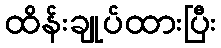
ထိန်းချုပ်ထားပြီး